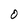
Character: O